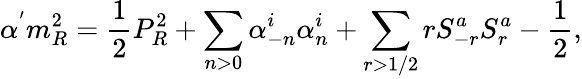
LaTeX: \alpha^{'}m_{R}^{2}=\frac{1}{2}P_{R}^{2}+\sum_{n>0}\alpha_{-n}^{i}\alpha_{n}^{i}+\sum_{r>1/2}rS_{-r}^{a}S_{r}^{a}-\frac{1}{2},